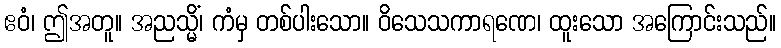
ဧဝံ၊ ဤအတူ။ အညသ္မိံ၊ ကံမှ တစ်ပါးသော။ ဝိသေသကာရဏေ၊ ထူးသော အကြောင်းသည်။